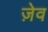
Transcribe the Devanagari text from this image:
ज़ेव